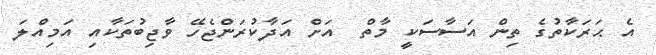
އެ ޙަރަކާތުގެ ތިން އަސާސަކީ މާތް  އަށް އަދާކުރަންޖެހޭ ވާޖިބުތަކާއި އަމިއްލަ